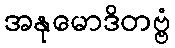
အနုမောဒိတဗ္ဗံ